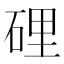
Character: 𥓄